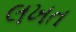
લખત